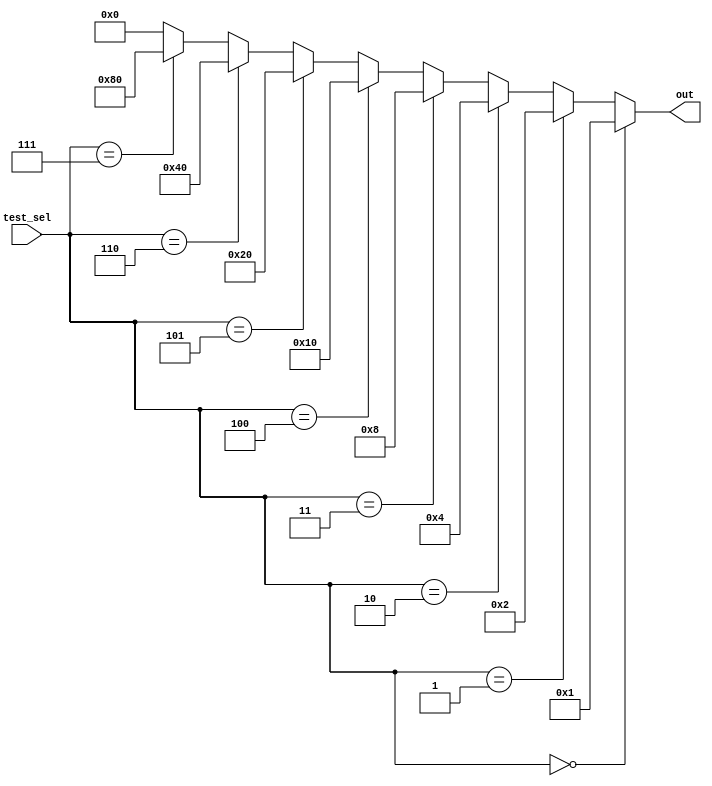
//oanab
//17 mar 2008

module decoder(test_sel,out);
input [2:0] test_sel;
output [7:0] out;
wire [7:0] out;
assign out = (test_sel == 3'b000) ? 8'b0000_0001 : 
	      (test_sel == 3'b001) ? 8'b0000_0010 :
	       (test_sel == 3'b010) ? 8'b0000_0100 :
		(test_sel == 3'b011) ? 8'b0000_1000 :
		 (test_sel == 3'b100) ? 8'b0001_0000 :
		  (test_sel == 3'b101) ? 8'b0010_0000 :
		   (test_sel == 3'b110) ? 8'b0100_0000 :
		    (test_sel == 3'b111) ? 8'b1000_0000 : 8'b0000_0000;
endmodule